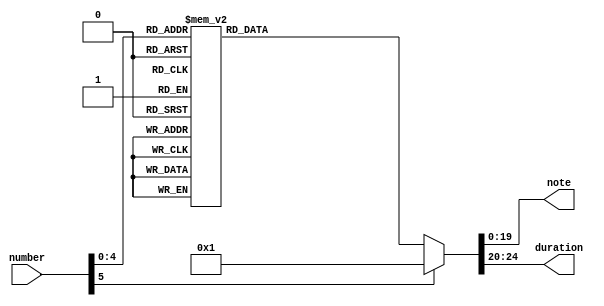
`timescale 1ns / 1ps
//////////////////////////////////////////////////////////////////////////////////
// Company: 
// Engineer: 
// 
// Design Name: 
// Module Name: alarm
// Project Name: 
// Target Devices: 
// Tool Versions: 
// Description: 
// 
// Dependencies: 
// 
// Revision:
// Revision 0.01 - File Created
// Additional Comments:
// 
//////////////////////////////////////////////////////////////////////////////////


module alarm(input [5:0] number,
output reg [19:0] note,//what is the max frequency
output reg [4:0] duration);

parameter QUARTER = 5'b00010;
parameter HALF = 5'b00100;
parameter ONE = 2* HALF;
parameter TWO = 2* ONE;
parameter FOUR = 2* TWO;
parameter C4=382226, D4=340524, E4 = 303373, F4=286346, G4 = 255105,C5 = 191113, SP = 1;
always @ (number) begin
    case(number) //Row Row Row your boat
        0: begin note = C5; duration = HALF; end 
        1: begin note = SP; duration = HALF; end 
        2: begin note = C5; duration = HALF; end 
        3: begin note = SP; duration = HALF; end 
        4: begin note = C5; duration = HALF; end 
        5: begin note = SP; duration = HALF; end 
        6: begin note = C5; duration = HALF; end 
        7: begin note = SP; duration = HALF; end 
        8: begin note = C5; duration = HALF; end 
        9: begin note = SP; duration = HALF; end 
        10: begin note = C5; duration = HALF; end 
        11: begin note = SP; duration = HALF; end 
        12: begin note = C5; duration = HALF; end 
        13: begin note = SP; duration = HALF; end 
        14: begin note = C5; duration = HALF; end 
        15: begin note = SP; duration = HALF; end 
        16: begin note = C5; duration = HALF; end 
        17: begin note = SP; duration = HALF; end 
        18: begin note = C5; duration = HALF; end 
        19: begin note = SP; duration = HALF; end 
        default: begin note = SP; duration = FOUR; end
    endcase
end






endmodule